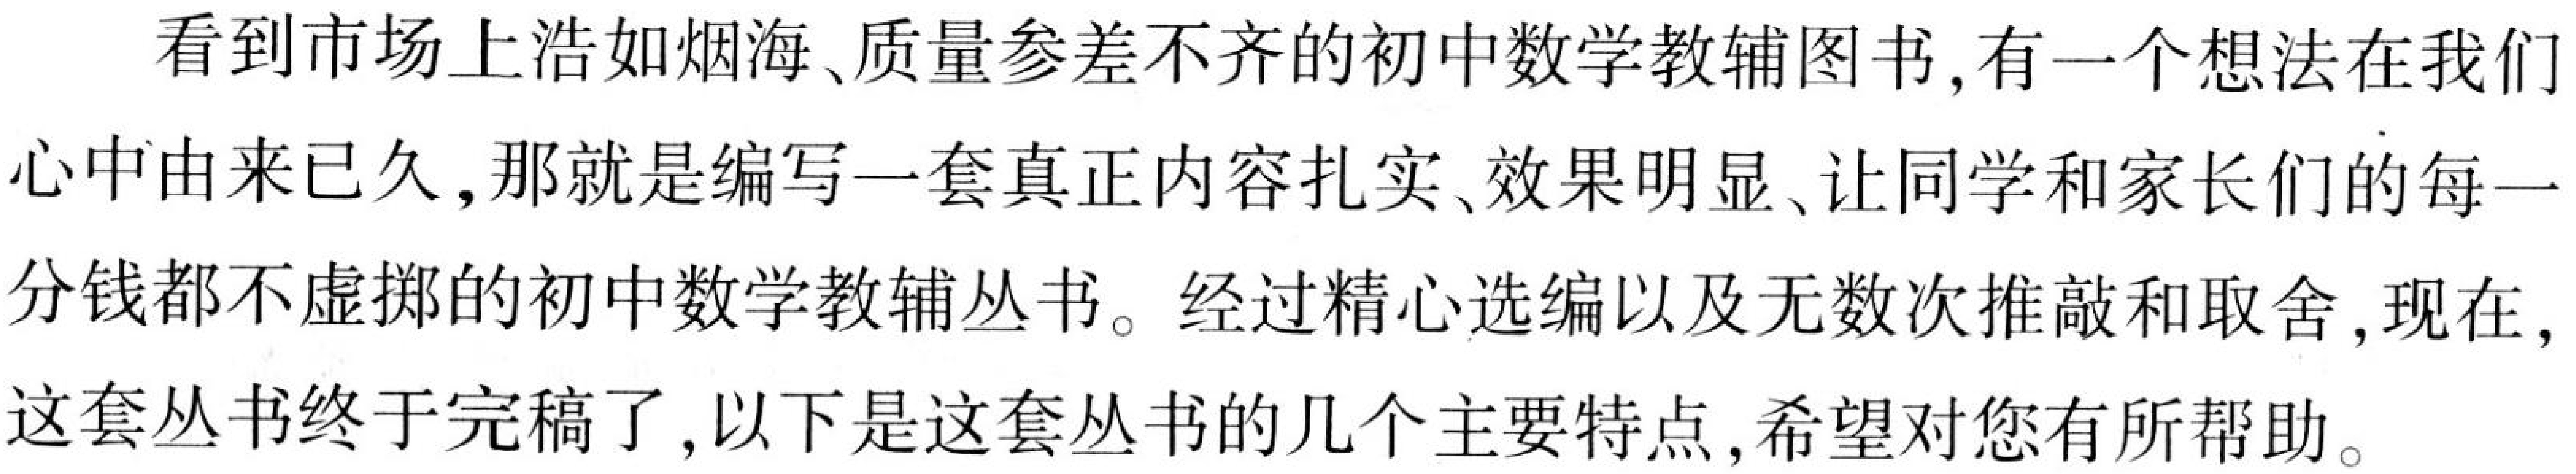
看到市场上浩如烟海、质量参差不齐的初中数学教辅图书,有一个想法在我们心中由来已久,那就是编写一套真正内容扎实、效果明显、让同学和家长们的每一分钱都不虚掷的初中数学教辅丛书。经过精心选编以及无数次推敲和取舍,现在,这套丛书终于完稿了,以下是这套丛书的几个主要特点,希望对您有所帮助。